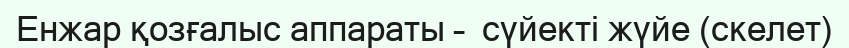
Енжар қозғалыс аппараты –  сүйекті жүйе (скелет)